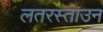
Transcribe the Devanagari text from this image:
लतरस्ताउन